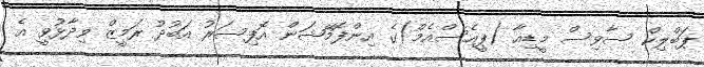
ޕަބްލިކް ސާވިސް މީޑިއާ (ޕީއެސްއެމް)ގެ އިންފޮމޭޝަން އޮފިސަރު އަބުދު ރަމީޒް ވިދާޅުވީ އެ